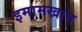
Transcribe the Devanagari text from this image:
इमामखान